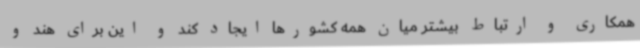
همکاری و ارتباط بیشتر میان همه کشورها ایجاد کند و این برای هند و